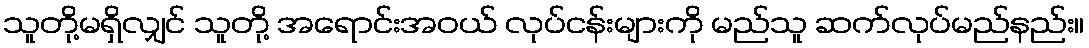
သူတို့မရှိလျှင် သူတို့ အရောင်းအဝယ် လုပ်ငန်းများကို မည်သူ ဆက်လုပ်မည်နည်း။